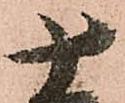
十